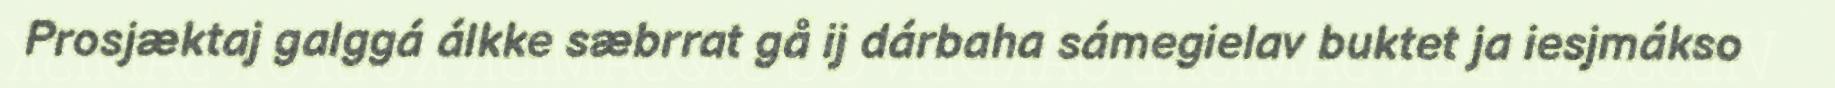
Prosjæktaj galggá álkke sæbrrat gå ij dárbaha sámegielav buktet ja iesjmákso